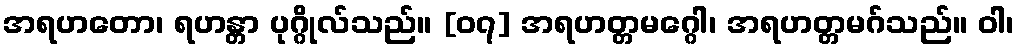
အရဟတော၊ ရဟန္တာ ပုဂ္ဂိုလ်သည်။ [၀၇] အရဟတ္တမဂ္ဂေါ၊ အရဟတ္တမဂ်သည်။ ဝါ၊